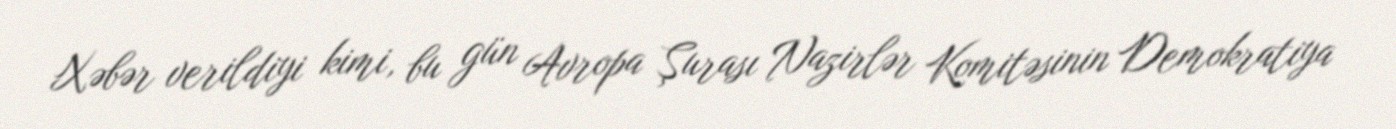
Xəbər verildiyi kimi, bu gün Avropa Şurası Nazirlər Komitəsinin Demokratiya